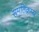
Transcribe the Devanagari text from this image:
समतिक्रम्य